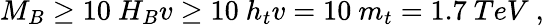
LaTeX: M_{B}\geq 10\ H_{B}v\geq 10\ h_{t}v=10\ m_{t}=1.7\ TeV\ ,